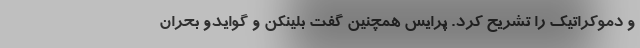
و دموکراتیک را تشریح کرد. پرایس همچنین گفت بلینکن و گوایدو بحران